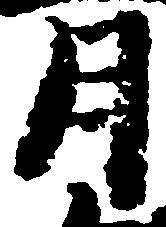
月